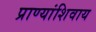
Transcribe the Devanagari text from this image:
प्राण्यांशिवाय